Leningradi_Edasi_toimetus, lk 24
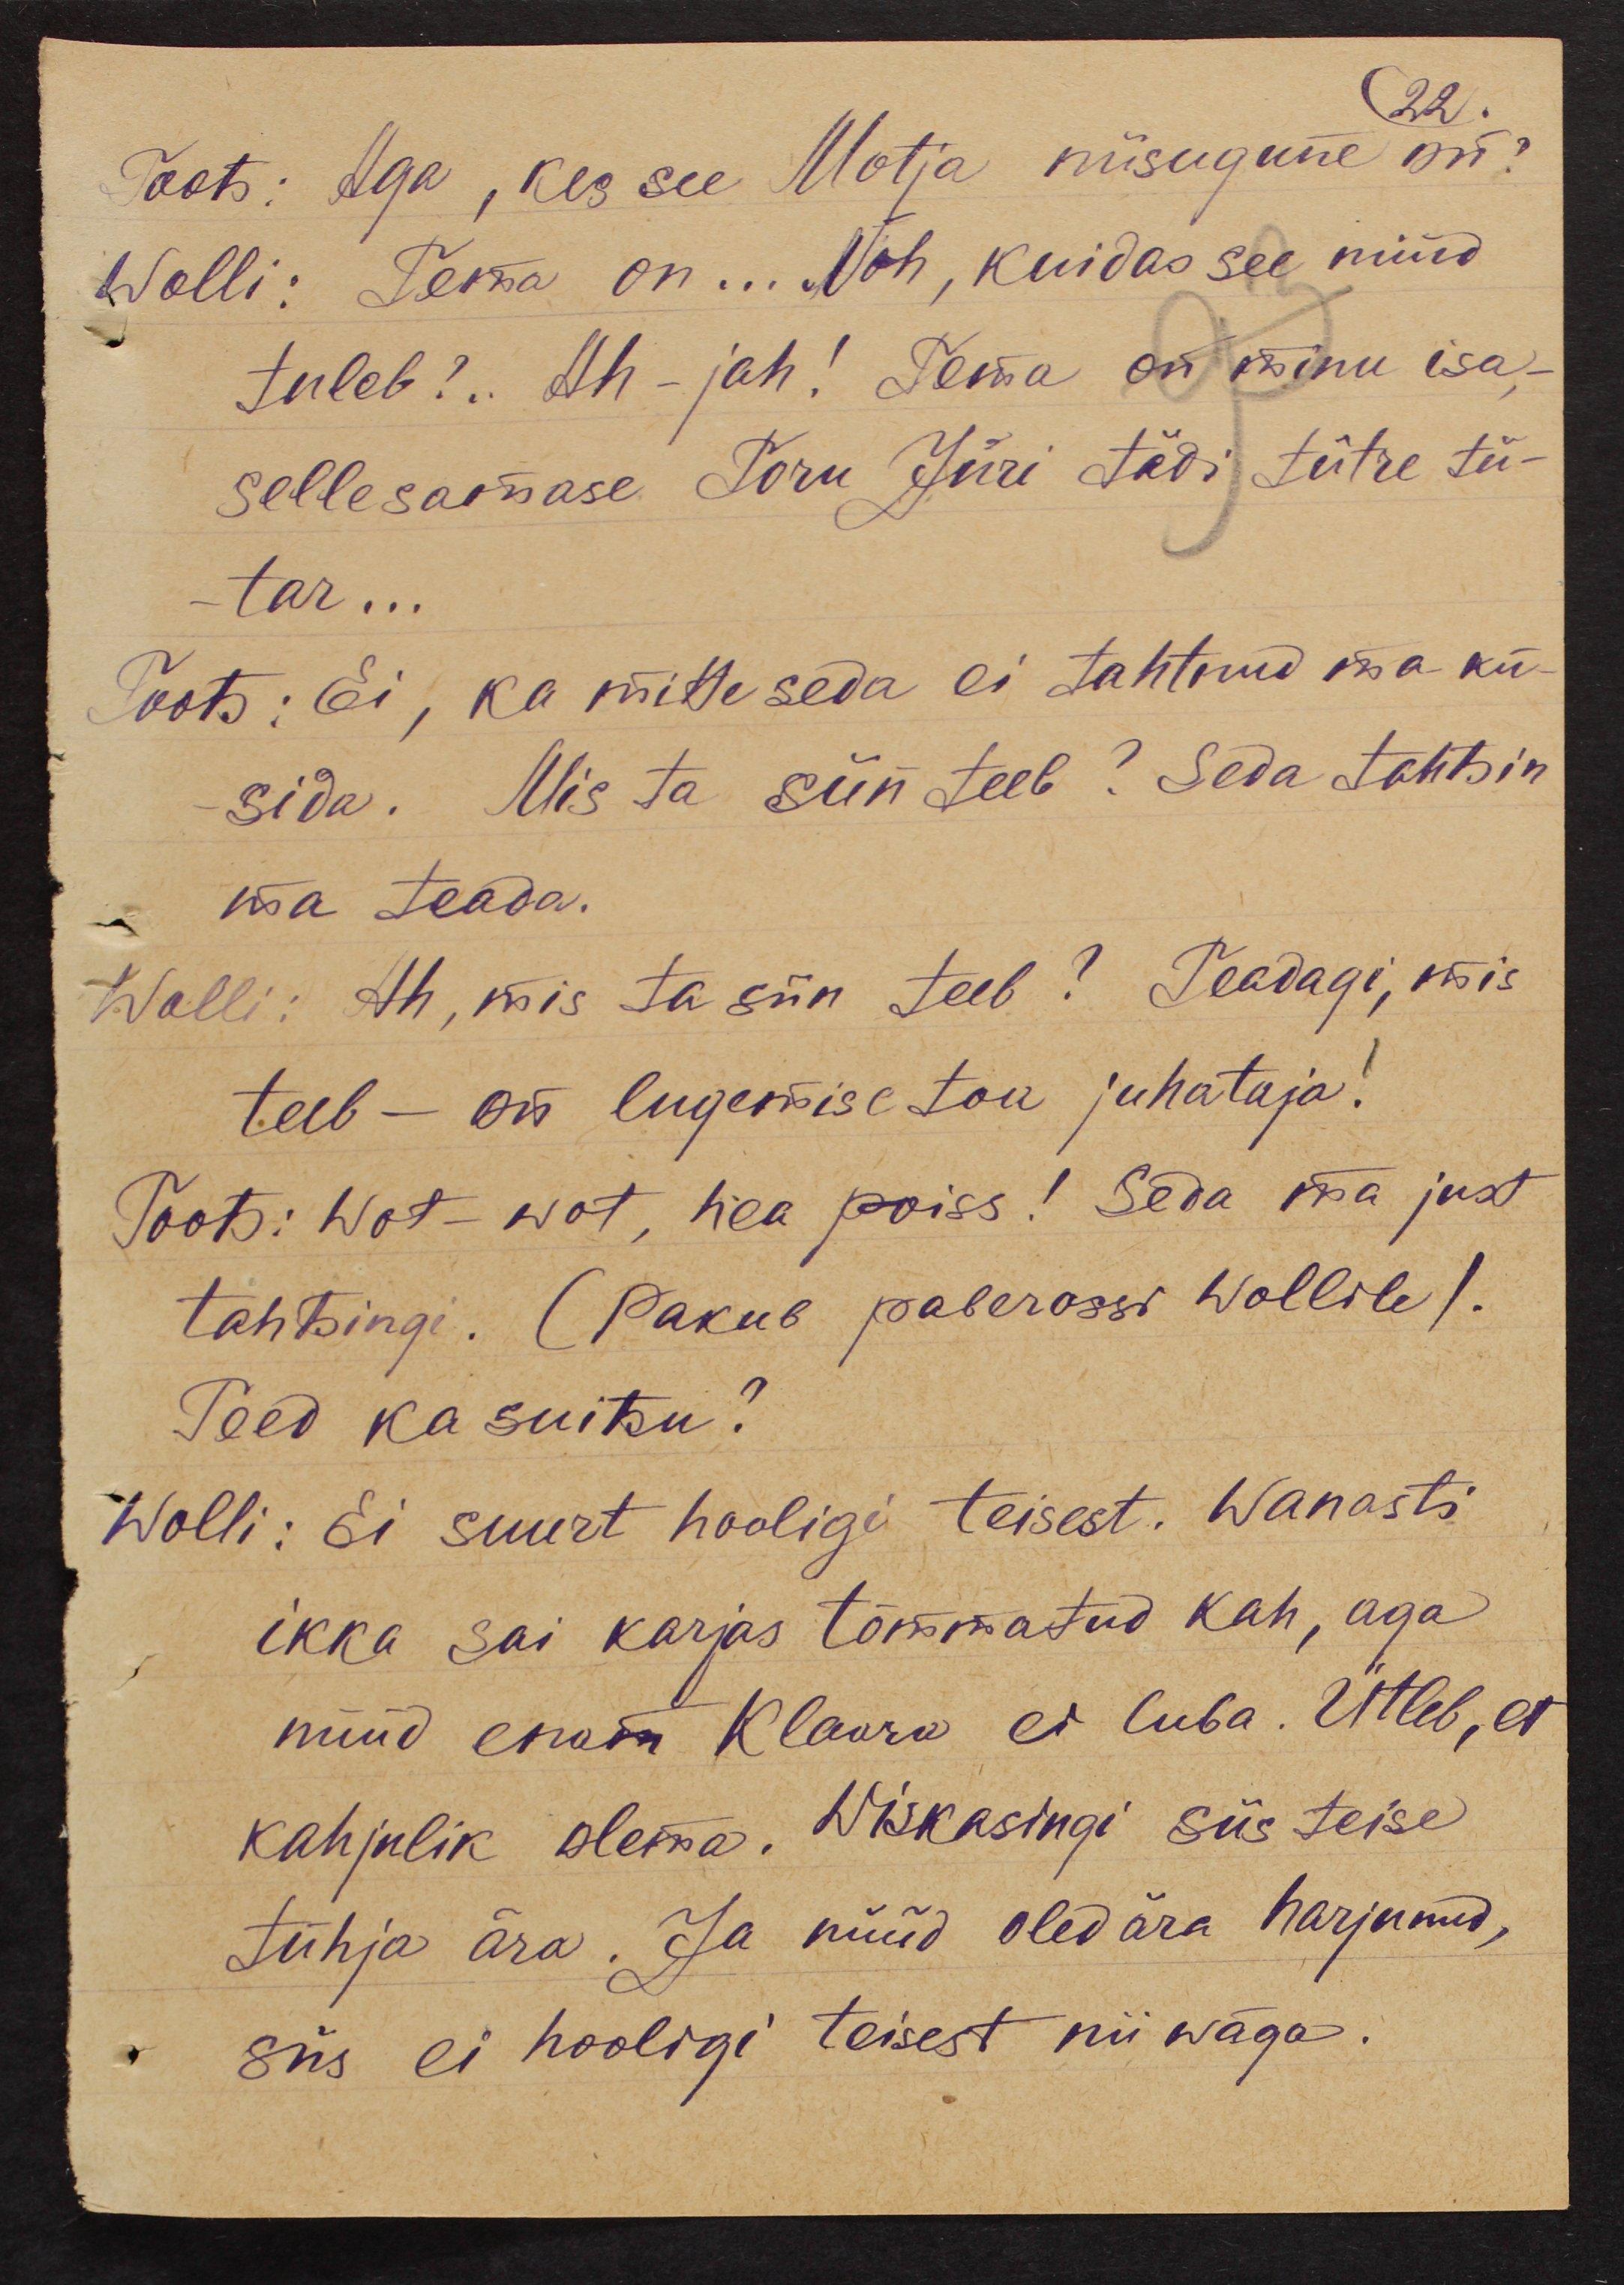
22.
Toots: Aga, kes see Motja niisugune on?
Wolli: Tema on... Noh, kuidas see nüüd
tuleb?.. Ah-jah! Tema on minu isa,-
sellesamase Toru Jüri tädi tütre tü-
tar...
Toots: Ei, ka mitte seda ei tahtnud ma kü-
sida. Mis ta siin teeb? Seda tahtsin
ma teada.
Wolli: Ah, mis ta siin teeb? Teadagi, mis
teeb - on lugemise toa juhataja!
Toots: Wot-wot, hea poiss! Seda ma just
tahtsingi. (Pakub paberossi Wollile).
Teed ka suitsu?
Wolli: Ei suurt hooligi teisest. Wanasti
ikka sai karjas tõmmatud kah, aga
nüüd enam Klaara ei luba. Ütleb, et
kahjulik olema. Wiskasingi siis teise
tühja ära. Ja nüüd oled ära harjunud,
siis ei hooligi teisest nii wäga.